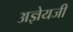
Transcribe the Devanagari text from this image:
अज्ञेयजी